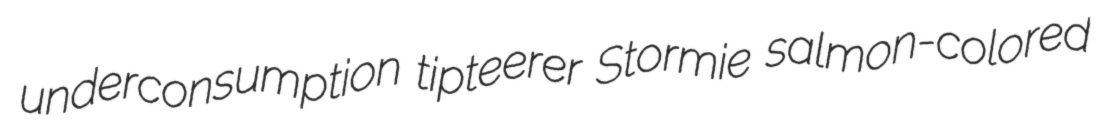
underconsumption tipteerer Stormie salmon-colored